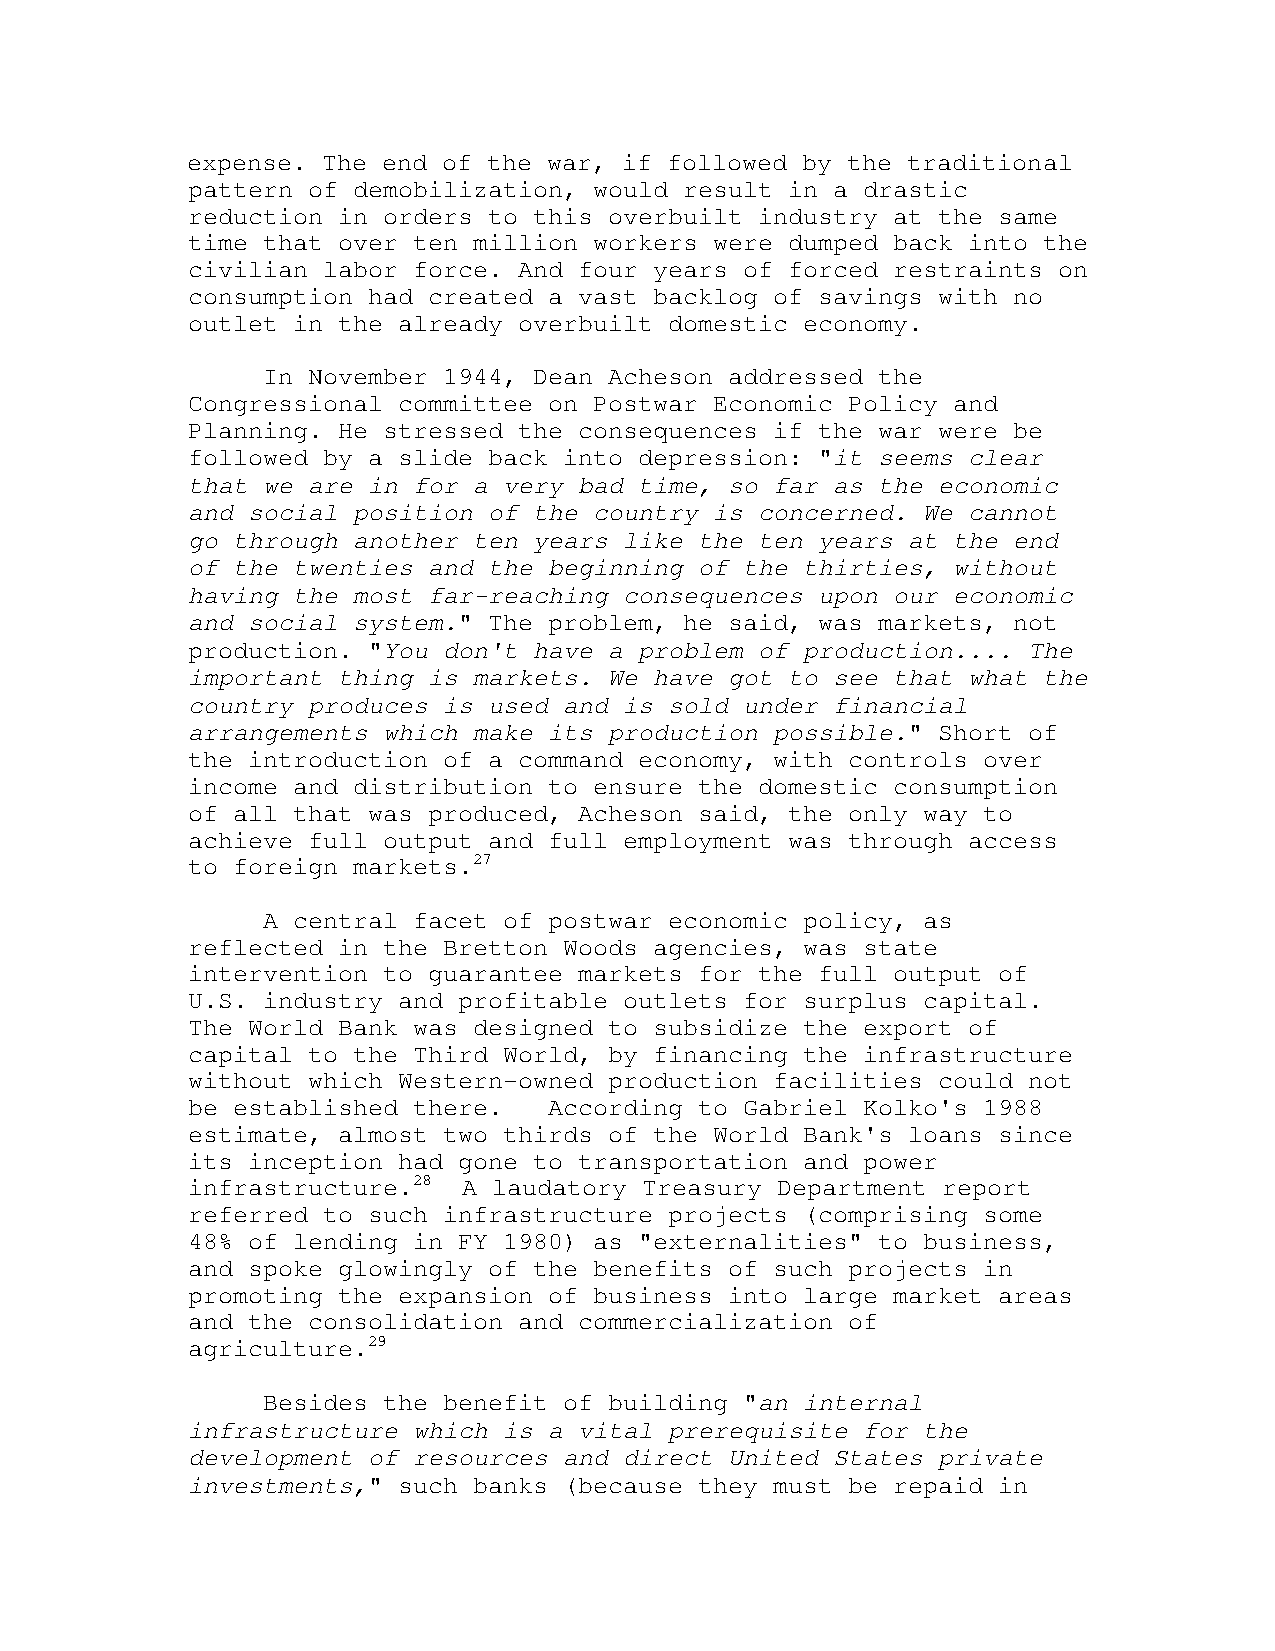
expense. The end of the war, if followed by the traditional
 pattern of demobilization, would result in a drastic
 reduction in orders to this overbuilt industry at the same
 time that over ten million workers were dumped back into the
 civilian labor force. And four years of forced restraints on
 consumption had created a vast backlog of savings with no
 outlet in the already overbuilt domestic economy.
 In November 1944, Dean Acheson addressed the
 Congressional committee on Postwar Economic Policy and
 Planning. He stressed the consequences if the war were be
 followed by a slide back into depression: "it seems clear
 that we are in for a very bad time, so far as the economic
 and social position of the country is concerned. We cannot
 go through another ten years like the ten years at the end
 of the twenties and the beginning of the thirties, without
 having the most far-reaching consequences upon our economic
 and social system." The problem, he said, was markets, not
 production. "You don't have a problem of production.... The
 important thing is markets. We have got to see that what the
 country produces is used and is sold under financial
 arrangements which make its production possible." Short of
 the introduction of a command economy, with controls over
 income and distribution to ensure the domestic consumption
 of all that was produced, Acheson said, the only way to
 achieve full output and full employment was through access
 to foreign markets.27
 A central facet of postwar economic policy, as
 reflected in the Bretton Woods agencies, was state
 intervention to guarantee markets for the full output of
 U.S. industry and profitable outlets for surplus capital.
 The World Bank was designed to subsidize the export of
 capital to the Third World, by financing the infrastructure
 without which Western-owned production facilities could not
 be established there.   According to Gabriel Kolko's 1988
 estimate, almost two thirds of the World Bank's loans since
 its inception had gone to transportation and power
 infrastructure.28  A laudatory Treasury Department report
 referred to such infrastructure projects (comprising some
 48% of lending in FY 1980) as "externalities" to business,
 and spoke glowingly of the benefits of such projects in
 promoting the expansion of business into large market areas
 and the consolidation and commercialization of
 agriculture.29
 Besides the benefit of building "an internal
 infrastructure which is a vital prerequisite for the
 development of resources and direct United States private
 investments," such banks (because they must be repaid in